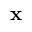
{ \bf { x } }